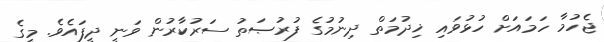
ޖެހުމާ ހަމައަށް ހުޅުވައި ޚިދުމަތް ދިނުމުގެ ފުރުޞަތު ސަރުކާރުން ވަނީ ދީފައެވެ. މީގެ